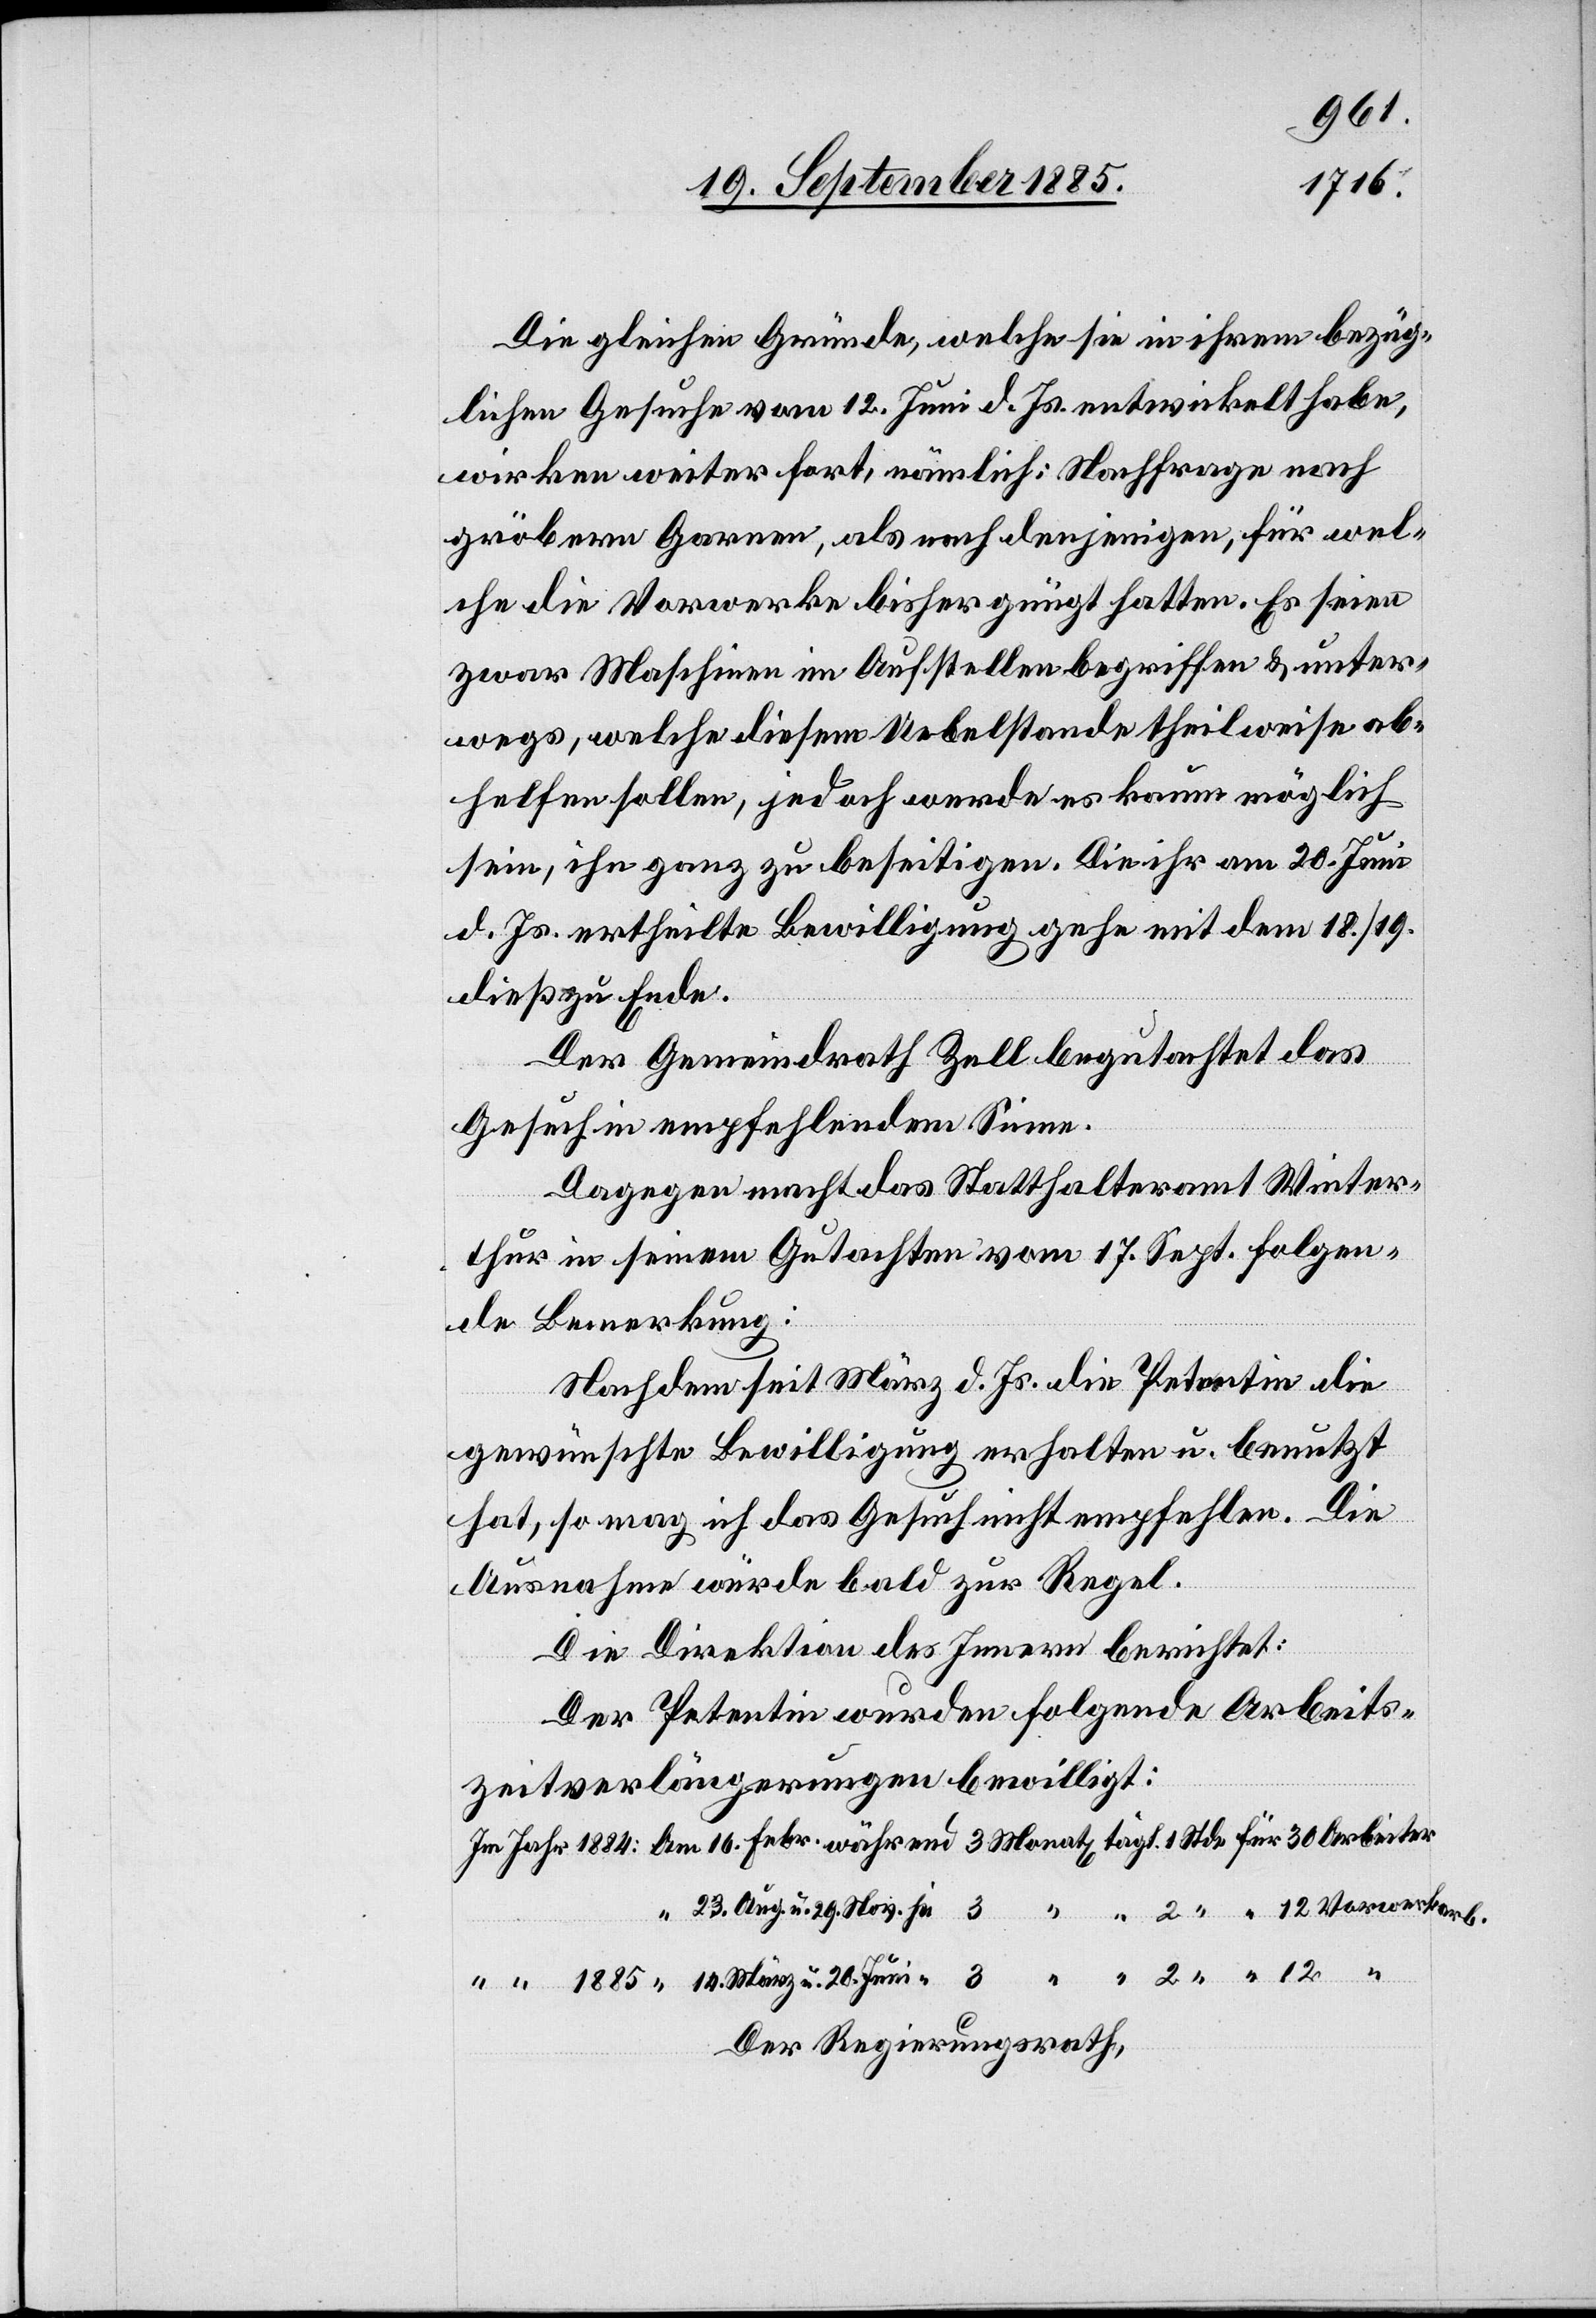
14.
1885
Die gleichen Gründe, welche sie in ihrem bezüg¬
lichen Gesuche vom 12. Juni d. Js. entwickelt habe,
wirken weiter fort, nämlich: Nachfrage nach
gröbern Garnen, als nach denjenigen für wel¬
che die Vorwerke bisher ge[n]ügt hatten. Es seien
zwar Maschinen im Aufstellen begriffen & unter¬
wegs, welche diesem Uebelstande theilweise ab¬
helfen sollen, jedoch werde es kaum möglich
sein, ihn ganz zu beseitigen. Die ihr am 20. Juni
d. Js. ertheilte Bewilligung gehe mit dem 18./19.
dieß zu Ende.
Der Gemeindrath Zell begutachtet das
Gesuch in empfehlendem Sinne.
Dagegen macht das Statthalteramt Winter¬
thur in seinem Gutachten vom 17. Sept. folgen¬
de Bemerkung:
Nachdem seit März d. Js. die Petentin die
gewünschte Bewilligung erhalten u. benutzt
hat, so mag ich das Gesuch nicht empfehlen. Die
Ausnahme würde bald zur Regel.
Die Direktion des Innern berichtet:
Der Petentin wurden folgende Arbeits¬
zeitverlängerungen bewilligt:
Der Regierungsrath,